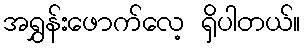
အရွှန်းဖောက်လေ့ ရှိပါတယ်။